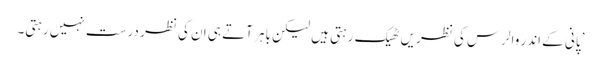
’پانی کے اندر والرس کی نظریں ٹھیک رہتی ہیں لیکن باہر آتے ہی ان کی نظر درست نہیں رہتی۔